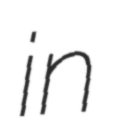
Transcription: in